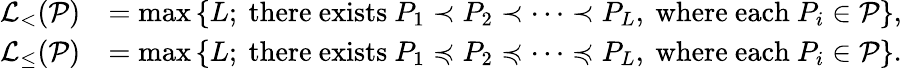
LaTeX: \begin{array}{rl}{\mathcal{L}_{<}(\mathcal{P})}&{=\operatorname*{max}\left\{ L;\mathrm{~there~exists~}P_{1}\prec P_{2}\prec\dots\prec P_{L},\mathrm{~where~each~}P_{i}\in\mathcal{P}\right\} ,}\\ {\mathcal{L}_{\leq}(\mathcal{P})}&{=\operatorname*{max}\left\{ L;\mathrm{~there~exists~}P_{1}\preccurlyeq P_{2}\preccurlyeq\dots\preccurlyeq P_{L},\mathrm{~where~each~}P_{i}\in\mathcal{P}\right\} .}\end{array}